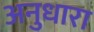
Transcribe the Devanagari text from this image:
अनुधारा